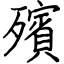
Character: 殯